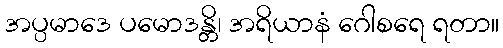
အပ္ပမာဒေ ပမောဒန္တိ၊ အရိယာနံ ဂေါစရေ ရတာ။